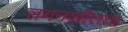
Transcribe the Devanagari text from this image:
लगनशीलता